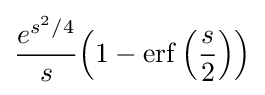
{\frac {e^{s^{2}/4}}{s}}\!\left(1-\operatorname {erf} \left({\frac {s}{2}}\right)\right)